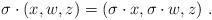
LaTeX: \begin{align*}\sigma \cdot (x,w,z) = (\sigma \cdot x, \sigma \cdot w, z)\ .\end{align*}